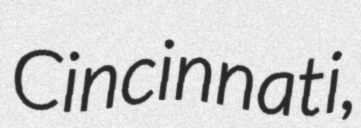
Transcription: Cincinnati,